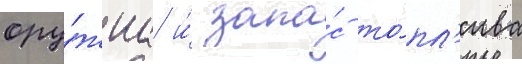
ору́жиа и́ запа́с то́пл'ива